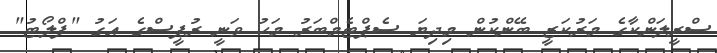
ސްރީލަންކާގެ މަރުކަޒީ ބޭންކުން މިދިޔަ ސެޕްޓެމްބަރު މަހު ވަނީ ރުޕީސްގެ އަގު "ފްލޯޓު"